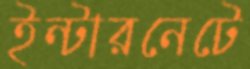
ইন্টারনেটে